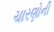
ચારણોની